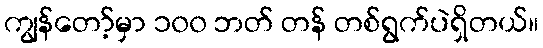
ကျွန်တော့်မှာ ၁၀၀ ဘတ် တန် တစ်ရွက်ပဲရှိတယ်။